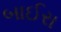
બાઈરા